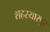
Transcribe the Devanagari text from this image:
शहरयारपुर